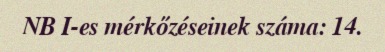
NB I-es mérkőzéseinek száma: 14.